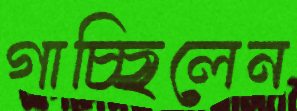
গাচ্ছিলেন